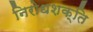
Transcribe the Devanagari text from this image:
निरोधशक्ति